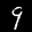
Label: 9